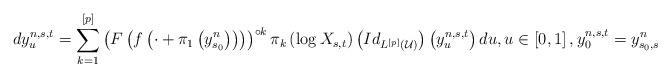
LaTeX: \begin{align*}dy_{u}^{n,s,t}=\sum_{k=1}^{\left[ p\right] }\left( F\left( f\left( \cdot+\pi _{1}\left( y_{s_{0}}^{n}\right) \right) \right) \right) ^{\circ k}\pi_{k}\left( \log X_{s,t}\right) \left( Id_{L^{\left[ p\right] }\left( \mathcal{U}\right) }\right) \left( y_{u}^{n,s,t}\right) du,u\in \left[ 0,1\right] ,y_{0}^{n,s,t}=y_{s_{0},s}^{n}\end{align*}